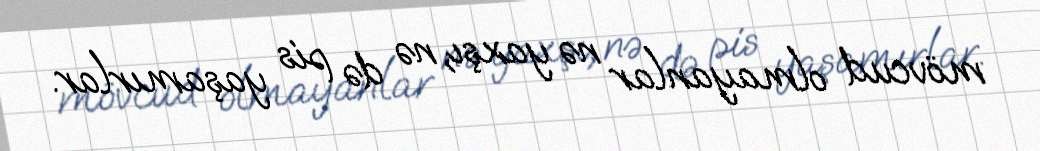
mövcud olmayanlar nə yaxşı, nə də pis yaşamırlar.